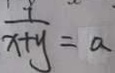
\frac { 1 } { x + y } = a